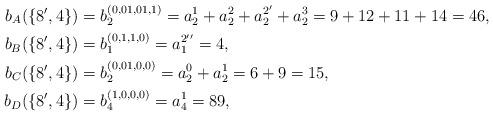
LaTeX: \begin{align*} b_A(\{8',4\}) &= b_2^{(0,01,01,1)} = a_2^1 + a_2^2 + a_2^{2'} +a_2^3= 9 + 12 + 11 + 14 =46,\\ b_B(\{8',4\}) &= b_1^{(0,1,1,0)} = a_1^{2''} = 4,\\ b_C(\{8',4\}) &= b_2^{(0,01,0,0)} = a_2^0 + a_2^1 = 6+9=15,\\ b_D(\{8',4\}) &= b_4^{(1,0,0,0)} = a_4^1 = 89,\end{align*}